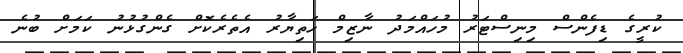
ކުރީގެ ޑިފެންސް މިނިސްޓަރު މުހައްމަދު ނާޒިމް ހަތިޔާރު އެތެރެކޮށް ގެންގުޅުނު ކަމަށް ބުނެ